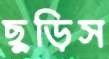
ছুড়িস